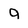
Character: 9